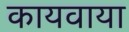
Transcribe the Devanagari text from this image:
कायवाया